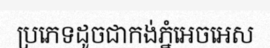
ប្រភេទដូចជាកង់ភ្នំអេចអេស